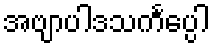
အဗျာပါဒသင်္ကပ္ပေါ